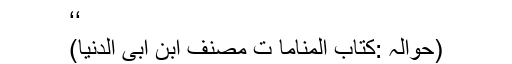
‘‘
(حوالہ :کتاب المناما ت مصنف ابن ابی الدنیا)